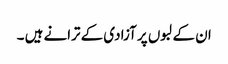
ان کے لبوں پر آزادی کے ترانے ہیں ۔